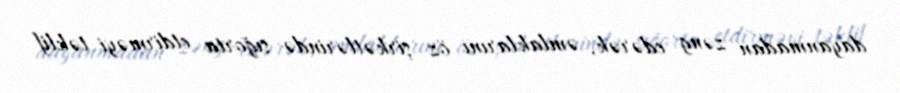
dayanmadan zəng edərək, əmlaklarını öz şirkətlərində sığorta etdirməyi təklif